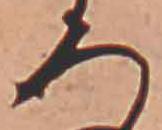
ろ